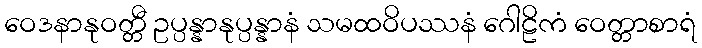
ဝေဒနာနုဝတ္တီ ဥပ္ပန္နာနုပ္ပန္နာနံ သမထဝိပဿနံ ဂေါဠိကံ ဝေတ္တာစာရံ